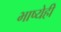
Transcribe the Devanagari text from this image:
भाष्येही